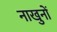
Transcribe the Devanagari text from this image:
नाखुनों